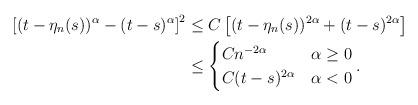
LaTeX: \begin{align*} \left[(t-\eta_n(s))^{\alpha}-(t-s)^{\alpha}\right]^2&\leq C\left[(t-\eta_n(s))^{2\alpha}+(t-s)^{2\alpha}\right] \\& \leq \begin{cases} C n^{-2\alpha} & \alpha \geq 0 \\ C(t-s)^{2\alpha}& \alpha < 0 \end{cases} .\end{align*}